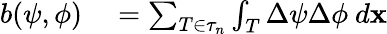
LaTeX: \begin{array}{rl}{b(\psi,\phi)}&{{}=\sum_{T\in\tau_{n}}\int_{T}\Delta\psi\Delta\phi~d\mathbf{x}}\end{array}